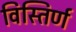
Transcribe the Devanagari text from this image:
विस्तिर्ण